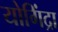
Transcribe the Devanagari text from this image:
योगिंद्रा